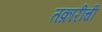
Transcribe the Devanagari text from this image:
तक्रारींची